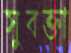
সুবক্তা